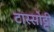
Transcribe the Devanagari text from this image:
टास्सोट्टी